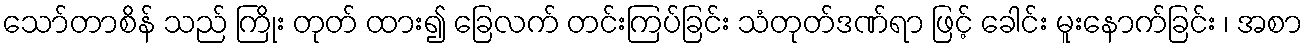
သော်တာစိန် သည် ကြိုး တုတ် ထား၍ ခြေလက် တင်းကြပ်ခြင်း သံတုတ်ဒဏ်ရာ ဖြင့် ခေါင်း မူးနောက်ခြင်း ၊ အစာ